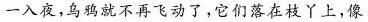
一入夜，乌鸦就不再飞动了，它们落在枝丫上，像